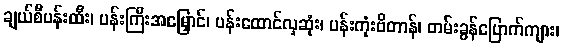
ချယ်စီပန်းထီး၊ ပန်းကြီးအမြှောင်၊ ပန်းထောင်လှဆုံး၊ ပန်းကုံးဗိတာန်၊ တမ်းခွန်ပြောက်ကျား၊